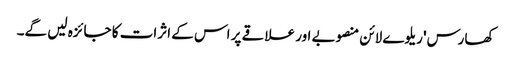
کھارس' ریلوے لائن منصوبے اور علاقے پر اس کے اثرات کا جائزہ لیں گے۔